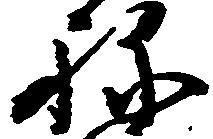
ね